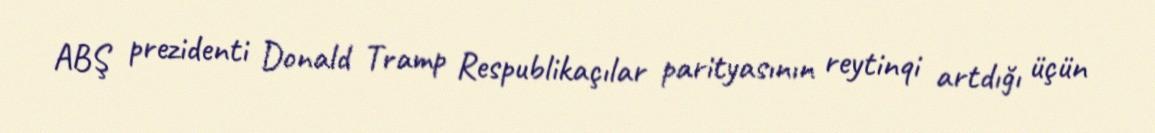
ABŞ prezidenti Donald Tramp Respublikaçılar parityasının reytinqi artdığı üçün